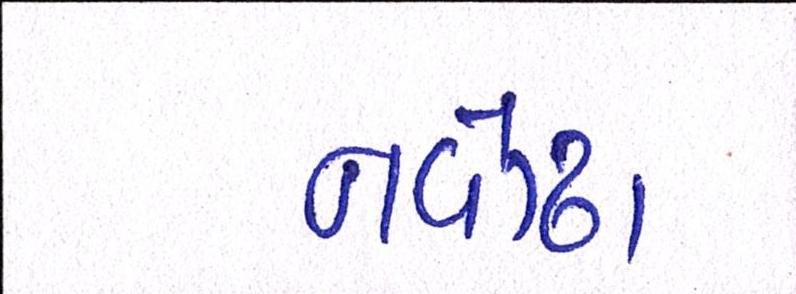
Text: નવોઢા